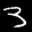
Label: 3